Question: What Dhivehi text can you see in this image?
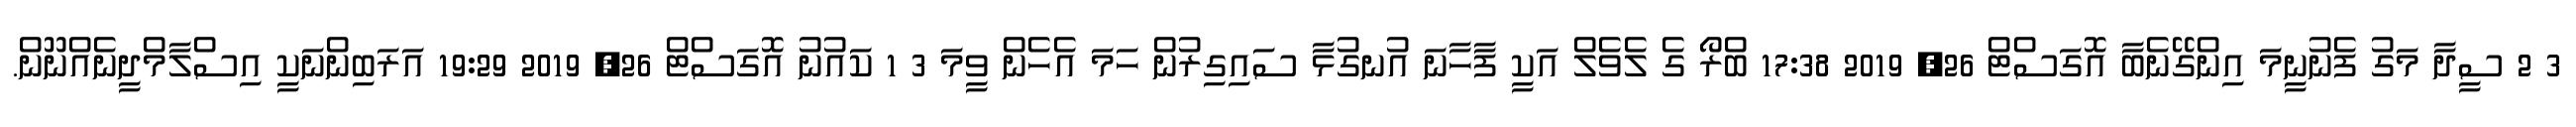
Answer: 3 2 ސީދާ މަގު ފެނުނީމަ އިންގޭނެބާ އޮގަސްޓް 26, 2019 17:38 ބްރޯ ގެ ލެވެލް އަކީ ފާހާނަ އުނގުޅާ ސައިގިރުން ހަމަ އެހެން ވީމަ 3 1 ކައުނު އޮގަސްޓް 26, 2019 19:29 އަރަބިންނަކީ އިސްލާމްދީނެއްނޫން.